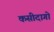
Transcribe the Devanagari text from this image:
कसीदागो